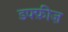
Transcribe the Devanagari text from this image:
डफ्फ़ीज़